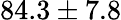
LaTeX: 84.3\pm 7.8